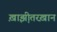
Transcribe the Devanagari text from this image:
ख़ाझ़ीतरख़ान